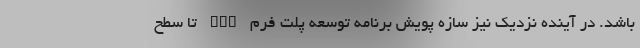
باشد. در آینده نزدیک نیز سازه پویش برنامه توسعه پلت فرم ECU تا سطح